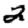
Digit: 2